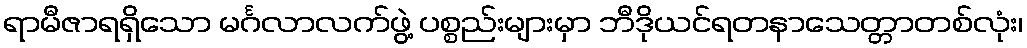
ရာမီဇာရရှိသော မင်္ဂလာလက်ဖွဲ့ ပစ္စည်းများမှာ ဘီဒိုယင်ရတနာသေတ္တာတစ်လုံး၊